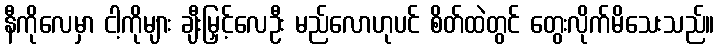
နီကိုလေမှာ ငါ့ကိုများ ချီးမြှင့်လေဦး မည်လောဟုပင် စိတ်ထဲတွင် တွေးလိုက်မိသေးသည်။